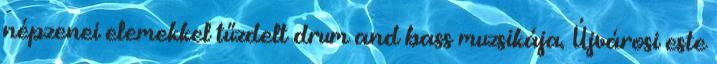
népzenei elemekkel tűzdelt drum and bass muzsikája. Újvárosi este